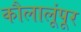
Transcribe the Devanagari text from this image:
कौलालूंपूर